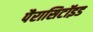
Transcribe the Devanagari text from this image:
पैरासिटॉइड